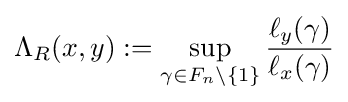
\Lambda _{R}(x,y):=\sup _{\gamma \in F_{n}\setminus \{1\}}{\frac {\ell _{y}(\gamma )}{\ell _{x}(\gamma )}}